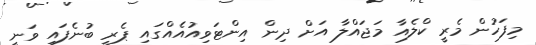
މިފަހުން މެރީ ކްލެއާ މަޖައްލާ އަށް ދިން އިންޓަވިއުއެއްގައި ޕެރީ ބުނެފައި ވަނީ